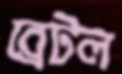
ব্রেটল